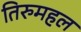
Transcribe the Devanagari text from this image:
तिरुमहल